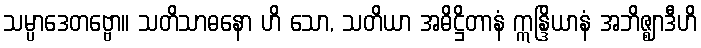
သမ္ပာဒေတဗ္ဗော။ သတိသာဓနော ဟိ သော, သတိယာ အဓိဋ္ဌိတာနံ ဣန္ဒြိယာနံ အဘိဇ္ဈာဒီဟိ